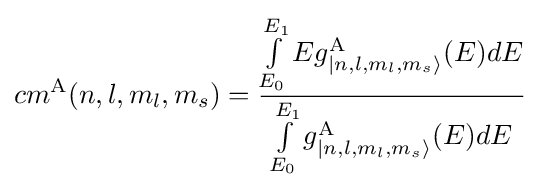
cm^{\mathrm {A} }(n,l,m_{l},m_{s})={\frac {\int \limits _{E_{0}}\limits ^{E_{1}}Eg_{|n,l,m_{l},m_{s}\rangle }^{\mathrm {A} }(E)dE}{\int \limits _{E_{0}}\limits ^{E_{1}}g_{|n,l,m_{l},m_{s}\rangle }^{\mathrm {A} }(E)dE}}